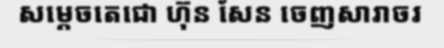
សម្តេចតេជោ ហ៊ុន សែន ចេញសារាចរ